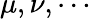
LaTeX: \mu,\nu,\cdots